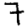
Digit: 7